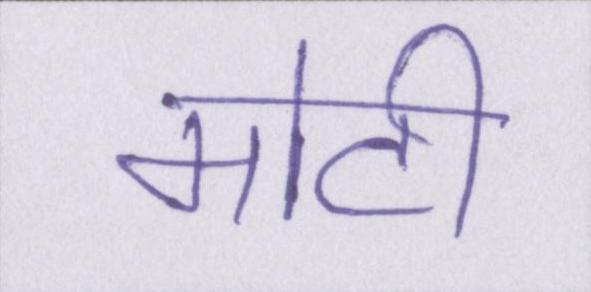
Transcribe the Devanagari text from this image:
मोटी